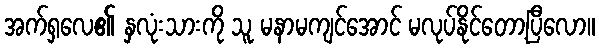
အက်ရှလေ၏ နှလုံးသားကို သူ မနာမကျင်အောင် မလုပ်နိုင်တော့ပြီလော။